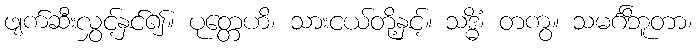
ဖျက်ဆီးလွှင့်နှင်၍။ ပုတ္တေဟိ၊ သားငယ်တို့နှင့်။ သဒ္ဓိံ၊ တကွ။ သမင်္ဂိဘူတာ၊